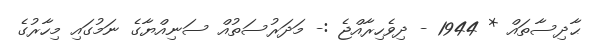
ޙާދިސާތައް * 1944 - ދިވެހިރާއްޖެ :- މަދަރުސަތުއް ސަނިއްޔާގެ ނަމުގައި މިހާރުގެ